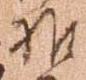
推